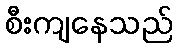
စီးကျနေသည်